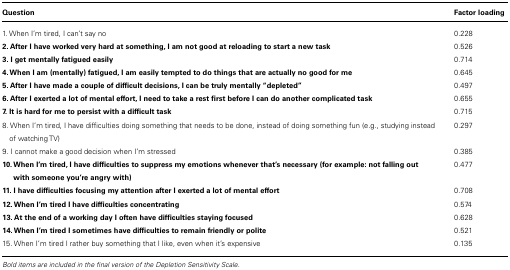
<table><thead><tr><td><b>Question</b></td><td><b>Factor loading</b></td></tr></thead><tbody><tr><td>1. When I’m tired, I can’t say no</td><td>0.228</td></tr><tr><td><b>2. After I have worked very hard at something, I am not good at reloading to start a new task</b></td><td>0.526</td></tr><tr><td><b>3. I get mentally fatigued easily</b></td><td>0.714</td></tr><tr><td><b>4. When I am (mentally) fatigued, I am easily tempted to do things that are actually no good for me</b></td><td>0.645</td></tr><tr><td><b>5. After I have made a couple of difficult decisions, I can be truly mentally “depleted”</b></td><td>0.497</td></tr><tr><td><b>6. After I exerted a lot of mental effort, I need to take a rest first before I can do another complicated task</b></td><td>0.655</td></tr><tr><td><b>7. It is hard for me to persist with a difficult task</b></td><td>0.715</td></tr><tr><td>8. When I’m tired, I have difficulties doing something that needs to be done, instead of doing something fun (e.g., studying instead of watching TV)</td><td>0.297</td></tr><tr><td>9. I cannot make a good decision when I’m stressed</td><td>0.385</td></tr><tr><td><b>10. When I’m tired, I have difficulties to suppress my emotions whenever that’s necessary (for example: not falling out with someone you’re angry with)</b></td><td>0.477</td></tr><tr><td><b>11. I have difficulties focusing my attention after I exerted a lot of mental effort</b></td><td>0.708</td></tr><tr><td><b>12. When I’m tired I have difficulties concentrating</b></td><td>0.574</td></tr><tr><td><b>13. At the end of a working day I often have difficulties staying focused</b></td><td>0.628</td></tr><tr><td><b>14. When I’m tired I sometimes have difficulties to remain friendly or polite</b></td><td>0.521</td></tr><tr><td>15. When I’m tired I rather buy something that I like, even when it’s expensive</td><td>0.135</td></tr></tbody></table>